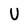
Character: U